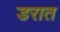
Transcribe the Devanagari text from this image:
डरात